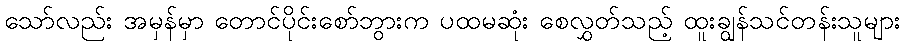
သော်လည်း အမှန်မှာ တောင်ပိုင်းစော်ဘွားက ပထမဆုံး စေလွှတ်သည့် ထူးချွန်သင်တန်းသူများ